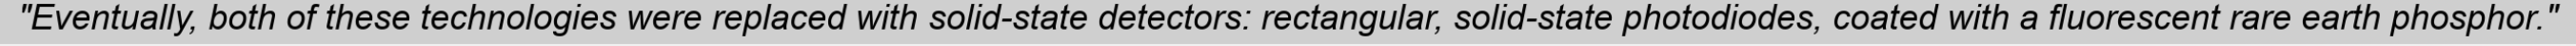
"Eventually, both of these technologies were replaced with solid-state detectors: rectangular, solid-state photodiodes, coated with a fluorescent rare earth phosphor."